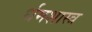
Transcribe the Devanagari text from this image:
र्धमशास्त्र